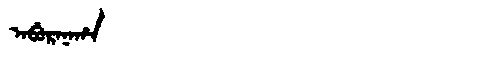
Manchu: ᠠᠪᡠᡵᠠᠨᠠᡥᠠ
Romanization: ABURANAHA